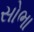
સોભા